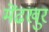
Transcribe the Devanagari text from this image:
मेंढखुर